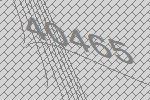
40465